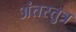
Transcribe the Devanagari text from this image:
अंतस्तुत्र